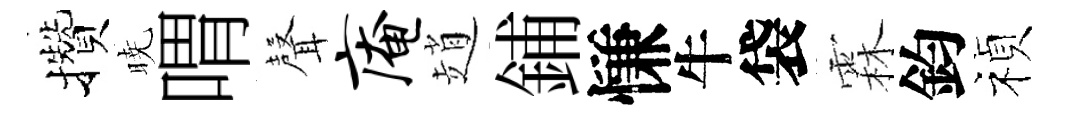
攢暁喟𮋻庵趙鋪慊牛袋霖鈞禎